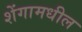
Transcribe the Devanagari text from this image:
शेंगामधील